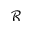
\mathcal { R }